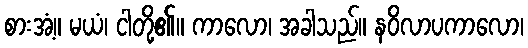
စားအံ့။ မယံ၊ ငါတို့၏။ ကာလော၊ အခါသည်။ နဝိလာပကာလော၊